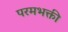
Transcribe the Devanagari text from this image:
परमभक्ती